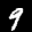
Label: 9